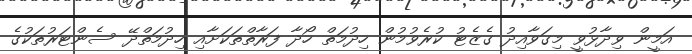
އަމީން ވިދާޅުވީ މިގަވާއިދު ގެޒެޓު ކުރެވުމުން ހިދުމަތް ހޯދާ ފަރާތްތަކަށާއި ހިދުމަތްދޭ ސެންޓަރުތަކުގެ